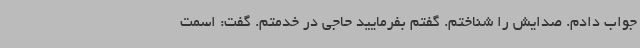
جواب دادم. صدایش را شناختم. گفتم بفرمایید حاجی در خدمتم. گفت: اسمت